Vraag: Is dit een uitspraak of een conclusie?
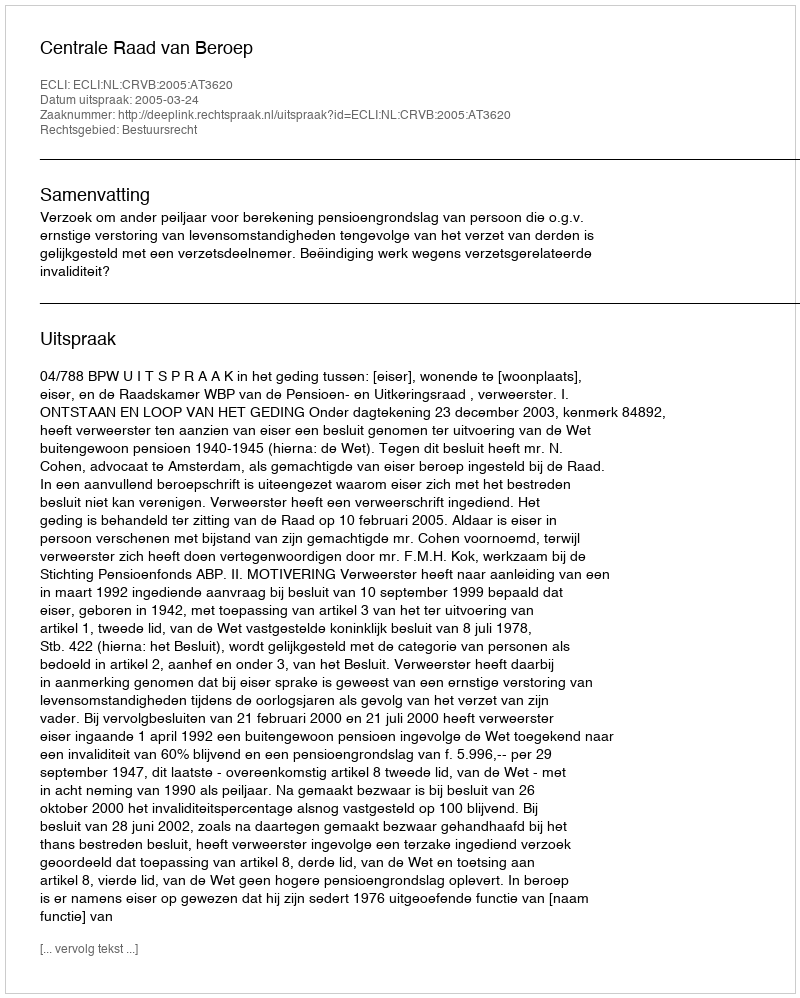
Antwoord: Uitspraak